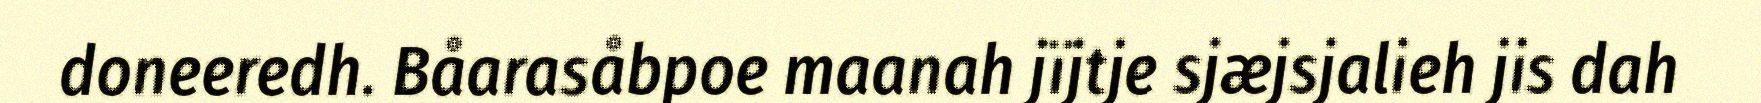
doneeredh. Båarasåbpoe maanah jïjtje sjæjsjalieh jis dah